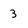
Character: 3